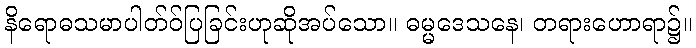
နိရောဓသမာပါတ်ဝ်ပြခြင်းဟုဆိုအပ်သော။ ဓမ္မဒေသနေ၊ တရားဟောရာ၌။